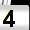
Digit: 4